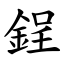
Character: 鋥